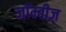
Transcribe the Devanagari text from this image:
जॉम्बीज़